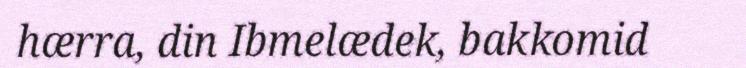
hærra, din Ibmelædek, bakkomid